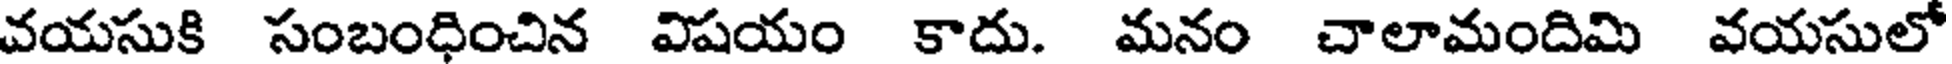
వయసుకి సంబంధించిన విషయం కాదు. మనం చాలామందిమి వయసులో